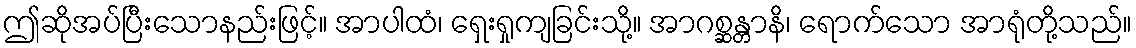
ဤဆိုအပ်ပြီးသောနည်းဖြင့်။ အာပါထံ၊ ရှေးရှုကျခြင်းသို့။ အာဂစ္ဆန္တာနိ၊ ရောက်သော အာရုံတို့သည်။